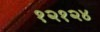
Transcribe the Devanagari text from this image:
१२१२४